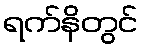
ရက်နိတွင်